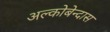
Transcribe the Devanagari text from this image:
अल्कोबेन्दास